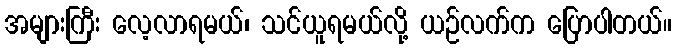
အများကြီး လေ့လာရမယ်၊ သင်ယူရမယ်လို့ ယဉ်လက်က ပြောပါတယ်။